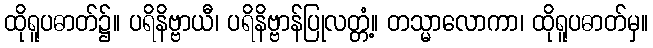
ထိုရူပဓာတ်၌။ ပရိနိဗ္ဗာယီ၊ ပရိနိဗ္ဗာန်ပြုလတ္တံ့။ တသ္မာလောကာ၊ ထိုရူပဓာတ်မှ။